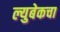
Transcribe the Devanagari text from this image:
ल्युबेकचा